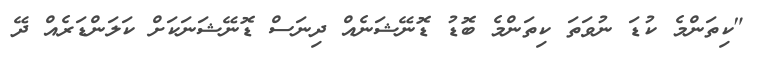
"ކިތަންމެ ކުޑަ ނުވަތަ ކިތަންމެ ބޮޑު ޑޮނޭޝަނެއް ދިނަސް ޑޮނޭޝަނަކަށް ކަލަންޑަރެއް ދޭ